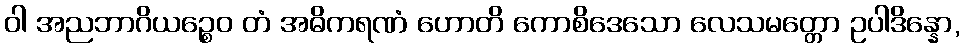
ဝါ အညဘာဂိယဉ္စေဝ တံ အဓိကရဏံ ဟောတိ ကောစိဒေသော လေသမတ္တော ဥပါဒိန္နော,